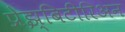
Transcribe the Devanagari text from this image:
प्रेझ्बिटीरिअन